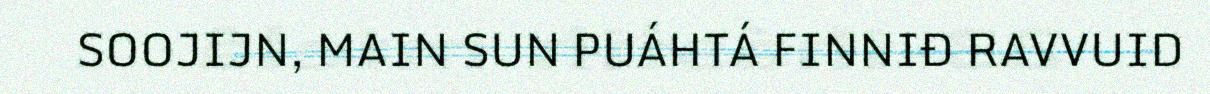
SOOJIJN, MAIN SUN PUÁHTÁ FINNIĐ RAVVUID